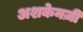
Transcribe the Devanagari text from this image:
अशकेनज़ी